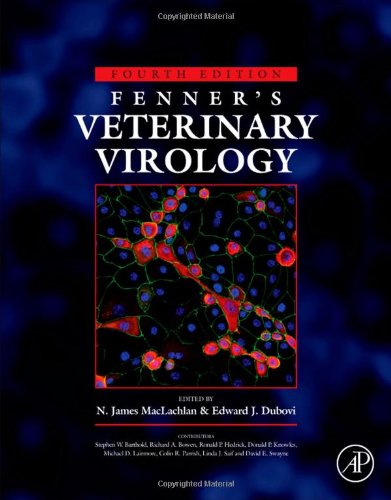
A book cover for Fenner's Veterinary Virology, Fourth Edition; Medical Books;